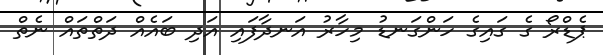
ޕެޑްރޯ ގެ ގައިގެ ހަންގަނޑު މިހާރު އަނދާފައި އަދި ބައެއް ދަތްތައް ނެތް